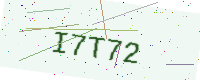
Text: I7T72